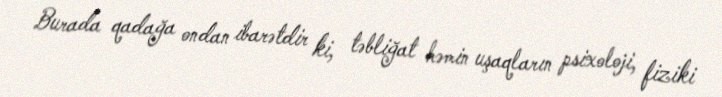
Burada qadağa ondan ibarətdir ki, təbliğat həmin uşaqların psixoloji, fiziki